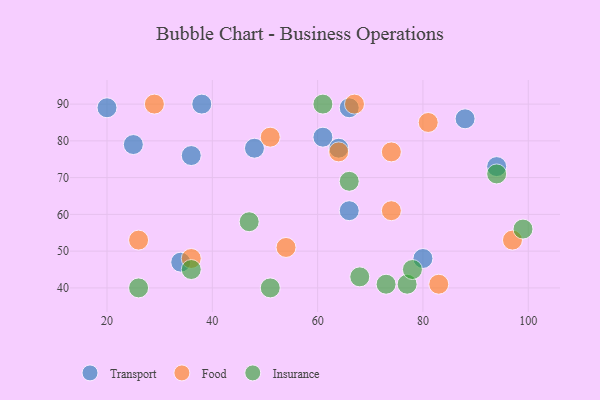
{"axis": {"x": "GDP", "y": "Life Expectancy"}, "legend": ["Food", "Insurance", "Transport"], "data": [{"x": "34", "y": 47, "type": "Transport"}, {"x": "48", "y": 78, "type": "Transport"}, {"x": "80", "y": 48, "type": "Transport"}, {"x": "61", "y": 81, "type": "Transport"}, {"x": "25", "y": 79, "type": "Transport"}, {"x": "66", "y": 61, "type": "Transport"}, {"x": "94", "y": 73, "type": "Transport"}, {"x": "88", "y": 86, "type": "Transport"}, {"x": "64", "y": 78, "type": "Transport"}, {"x": "20", "y": 89, "type": "Transport"}, {"x": "36", "y": 76, "type": "Transport"}, {"x": "66", "y": 89, "type": "Transport"}, {"x": "38", "y": 90, "type": "Transport"}, {"x": "74", "y": 61, "type": "Food"}, {"x": "67", "y": 90, "type": "Food"}, {"x": "74", "y": 77, "type": "Food"}, {"x": "81", "y": 85, "type": "Food"}, {"x": "54", "y": 51, "type": "Food"}, {"x": "29", "y": 90, "type": "Food"}, {"x": "64", "y": 77, "type": "Food"}, {"x": "51", "y": 81, "type": "Food"}, {"x": "83", "y": 41, "type": "Food"}, {"x": "97", "y": 53, "type": "Food"}, {"x": "36", "y": 48, "type": "Food"}, {"x": "26", "y": 53, "type": "Food"}, {"x": "77", "y": 41, "type": "Insurance"}, {"x": "47", "y": 58, "type": "Insurance"}, {"x": "78", "y": 45, "type": "Insurance"}, {"x": "36", "y": 45, "type": "Insurance"}, {"x": "61", "y": 90, "type": "Insurance"}, {"x": "99", "y": 56, "type": "Insurance"}, {"x": "94", "y": 71, "type": "Insurance"}, {"x": "66", "y": 69, "type": "Insurance"}, {"x": "68", "y": 43, "type": "Insurance"}, {"x": "73", "y": 41, "type": "Insurance"}, {"x": "51", "y": 40, "type": "Insurance"}, {"x": "26", "y": 40, "type": "Insurance"}]}